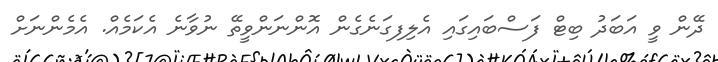
ދޭން ވީ އަބަދު ބިޓް ފަސްބައިގައި އެލިފގަނެގެން އޮންނަންވީތޭ ނުވާނެ އެކަމެއް. އެމެންނަށް